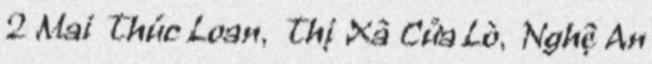
2 Mai Thúc Loan, Thị Xã Cửa Lò, Nghệ An